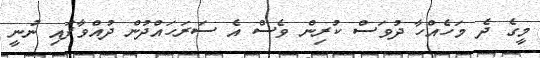
މީގެ ދެ މަހެއްހާ ދުވަސް ކުރިން ވެސް އެ ސަރަހައްދުން ދުއްވާފައި ނުނީ